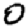
Digit: 0